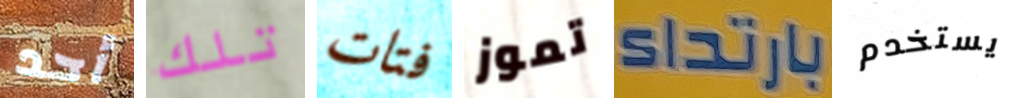
أحد تلك فتات تموز بارتداء يستخدم